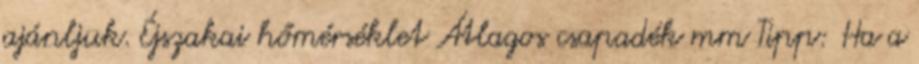
ajánljuk. Éjszakai hőmérséklet Átlagos csapadék mm Tipp: Ha a